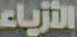
الأزياء